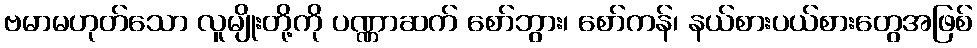
ဗမာမဟုတ်သော လူမျိုးတို့ကို ပဏ္ဏာဆက် စော်ဘွား၊ စော်ကန်၊ နယ်စားပယ်စားတွေအဖြစ်